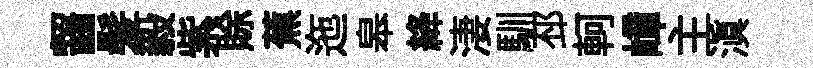
齧髪毅紫賖蕉迤皋絳淒馴邳軻嶂主滇